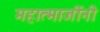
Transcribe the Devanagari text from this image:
महात्माजींनी